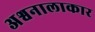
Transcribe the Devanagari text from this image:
अश्वनालाकार